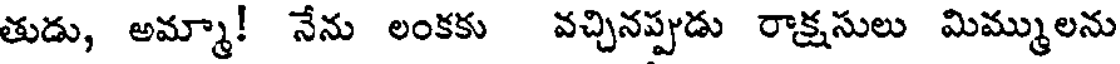
తుడు, అమ్మా! నేను లంకకు వచ్చినప్పుడు రాక్షసులు మిమ్ములను